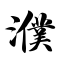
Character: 濮